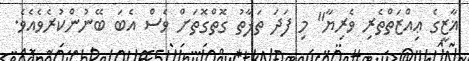
ޣާޒީގެ ޢިއްޒަތްތެރި ވެރިޔާ" މި ފަދަ ތަފާތު ގޮތްގޮތަށް ވެސް އެބަ ބޭނުންކުރެވެއެވެ.